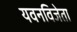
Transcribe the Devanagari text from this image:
यवनविजेता